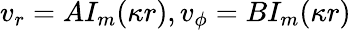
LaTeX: v_{r}=AI_{m}(\kappa r),v_{\phi}=BI_{m}(\kappa r)